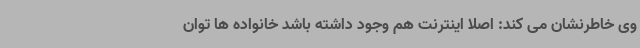
وی خاطرنشان می کند: اصلا اینترنت هم وجود داشته باشد خانواده ها توان